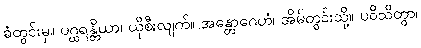
ခံတွင်းမှ။ ပဂ္ဃရန္တိယာ၊ ယိုစီးလျက်။ အန္တောဂေဟံ၊ အိမ်တွင်းသို့။ ပဝိသိတွာ၊